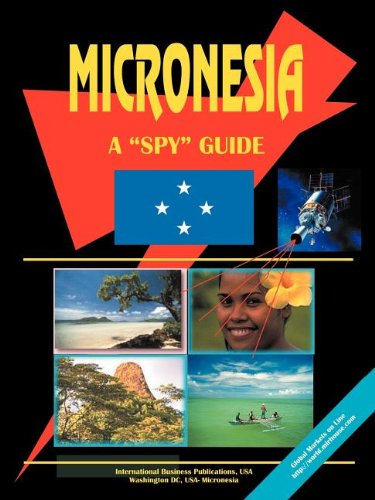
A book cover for Micronesia A Spy Guide; Ibp Usa; Travel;